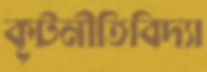
কূটনীতিবিদ্যা